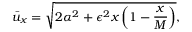
\bar { u } _ { x } = \sqrt { 2 \alpha ^ { 2 } + \epsilon ^ { 2 } x \left( 1 - { \frac { x } { M } } \right) } ,